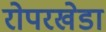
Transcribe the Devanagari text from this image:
रोपरखेडा